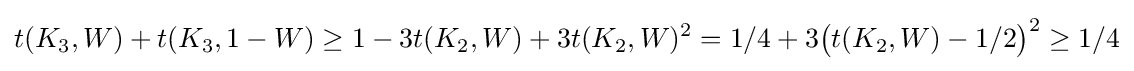
t(K_{3},W)+t(K_{3},1-W)\geq 1-3t(K_{2},W)+3t(K_{2},W)^{2}=1/4+3{\big (}t(K_{2},W)-1/2{\big )}^{2}\geq 1/4